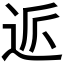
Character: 𲅔